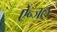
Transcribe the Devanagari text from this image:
ऐन्जल